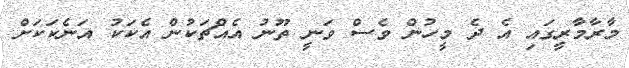
މާރާމާރީގައި އެ ދެ މީހުން ވެސް ވަނީ ތޫނު އެއްޗަކުން އެކަކު އަނެކަކަށް